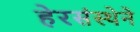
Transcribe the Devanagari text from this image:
हेरसंस्थेने